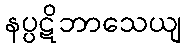
နပ္ပဋိဘာသေယျ